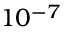
1 0 ^ { - 7 }